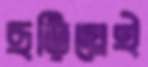
ছড়িয়েই